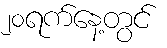
၂၀ရက်နေ့တွင်